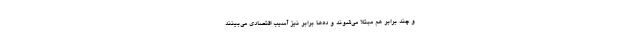
و چند برابر هم مبتلا می‌شوند و ده‌ها برابر نیز آسیب اقتصادی می‌بینند